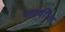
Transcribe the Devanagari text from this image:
यावर्षीचा